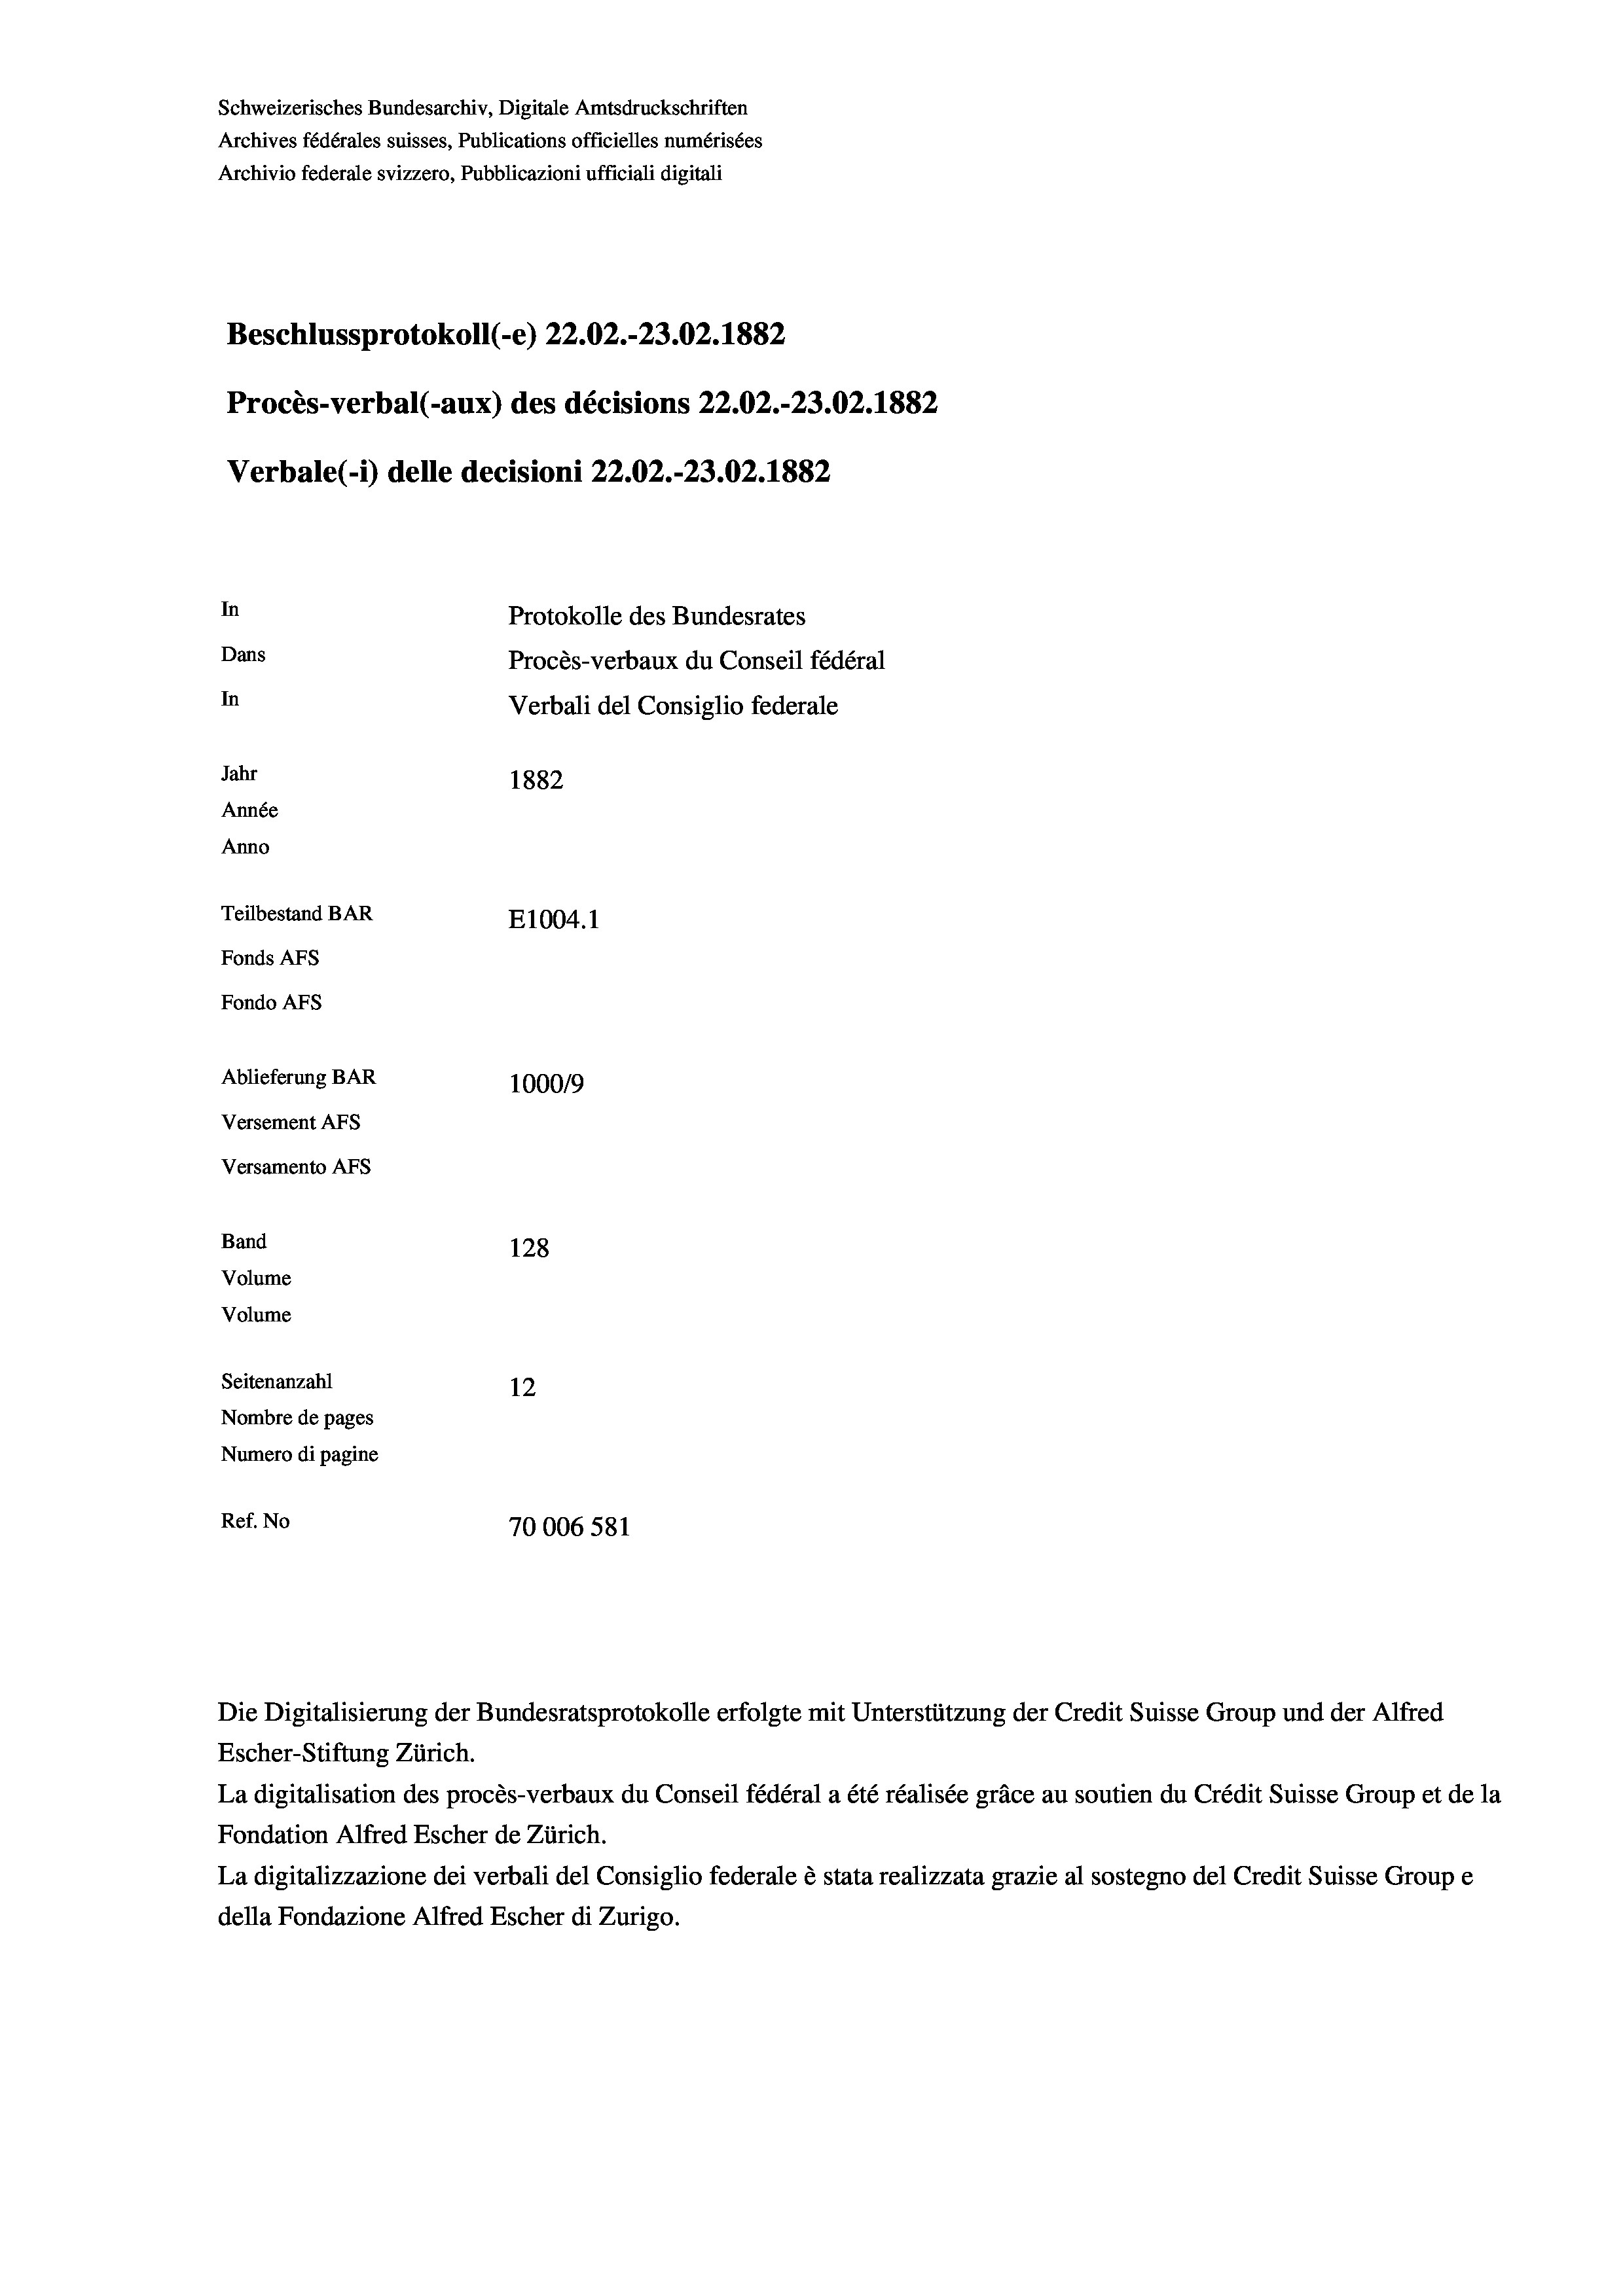
Schweizerisches Bundesarchiv, Digitale Amtsdruckschriften
Archives fédérales suisses, Publications officielles numérisées
Archivio federale svizzero, Pubblicazioni ufficiali digitali
Beschlussprotokoll (-e) 22.02.-23.02. 1882
Procès-verbal (-aux) des décisions 22.02.-23.02. 1882
Verbale (1) delle decisioni 22.02.-23.02. 1882
In
Protokolle des Bundesrates
Dans
Procès-verbaux du Conseil fédéral
In
Verbali del Consiglio federale
Jahr
1882
Année
Anno
Teilbestand BAR
E1004. 1
Fonds AFs
Fondo Afs
Ablieferung BAR
100019
Versement AFs
Versamento AFS
Band
128
Volume
Volume

Seitenanzahl
12
Nombre de pages
Numero di pagine
Ref. No
70006 581

Escher-Stiftung Zürich.
La digitalisation des procès-verbaux du Conseil fédéral a été réalisée gräce au soutien du Crédit Suisse Group et de la
Fondation Alfred Escher de Zürich.
La digitalizzazione dei verbali del Consiglio federale è stata realizzata grazie al sostegno del Credit Suisse Groupe
della Fondazione Alfred Escher di Zurigo.

Die Digitalisierung der Bundesratsprotokolle erfolgte mit Unterstützung der Credit Suisse Group und der Alfred